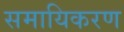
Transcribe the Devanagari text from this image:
समायिकरण